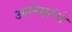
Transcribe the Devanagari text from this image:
आलेखांचे